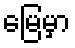
မြေမှာ